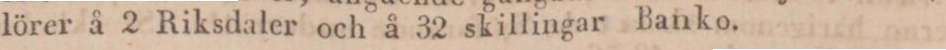
lörer å 2 Riksdaler och å 32 skillingar Banko.